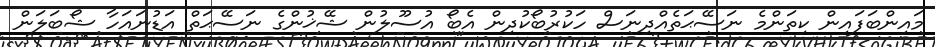
މައިންބަފައިން ކިތަންމެ ނަސޭޙަތެއްދިނަސް ހަކުރުބޯކުދިން އެބޯ އުސޫލުން ޝޭޚުންގެ ނަސޭޙަތް އަޑުނައަހާ ޝޯބަލަން